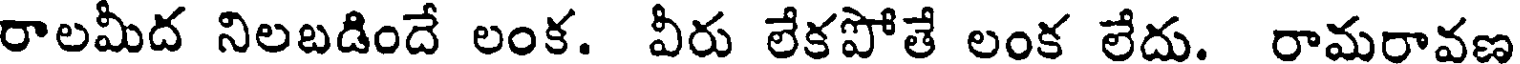
రాలమీద నిలబడిందే లంక. వీరు లేకపోతే లంక లేదు. రామరావణ